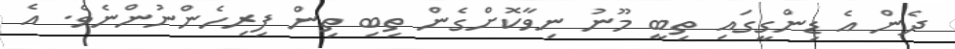
ދެން އެ ޑިންގީގައި ތިބީ މޫނު ނިވާކޮށްގެން ތިބި ތިން ފިރިހެންނުންނެވެ. އެ